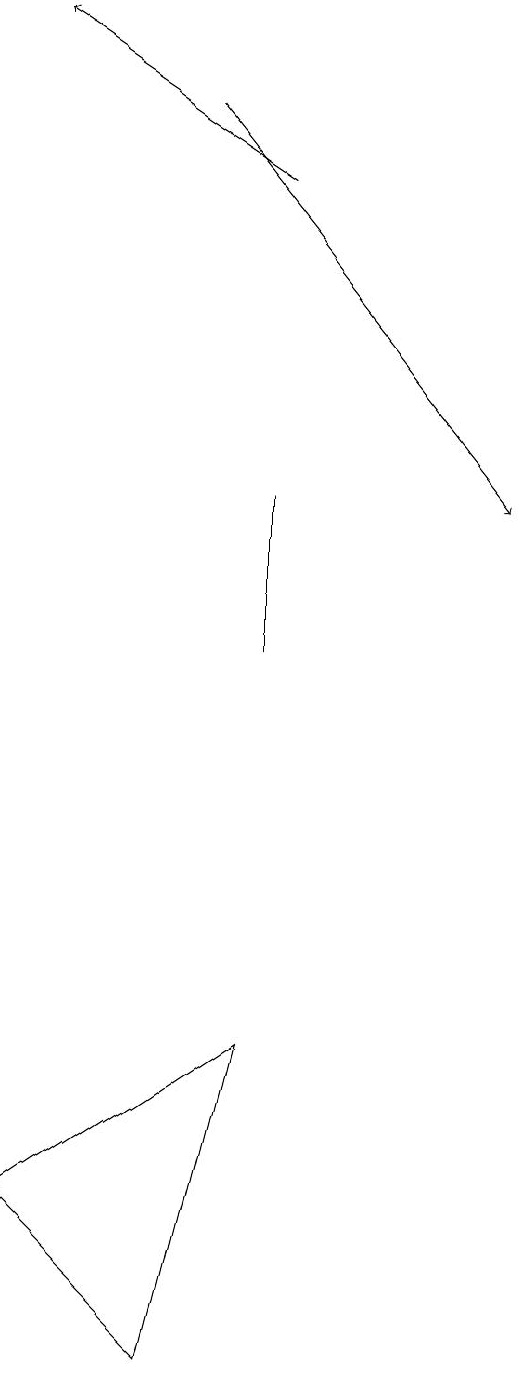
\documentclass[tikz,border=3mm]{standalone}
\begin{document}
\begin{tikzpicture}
\draw (4,13) rectangle (4,11);
\draw[->] (4,17) -- (1,19);
\draw (3,2) -- (1,4) -- (4,6) -- cycle;
\draw[->] (3,18) -- (7,13);
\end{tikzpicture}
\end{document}